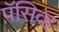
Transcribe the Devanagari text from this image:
पॅसिव्ह